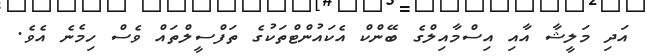
އަދި މަލީޝާ އާއި އިސްމާއިލްގެ ބޭންކް އެކައުންޓްތަކުގެ ތަފްސީލްތައް ވެސް ހިމެނެ އެވެ.